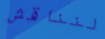
لنناقش